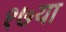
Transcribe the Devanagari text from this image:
१७या